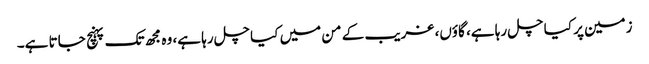
زمین پر کیا چل رہا ہے، گاؤں، غریب کے من میں کیا چل رہا ہے، وہ مجھ تک پہنچ جاتا ہے۔